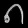
Digit: ၈